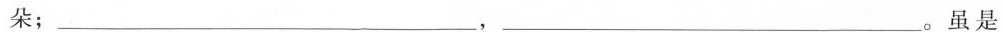
朵；_______，_______。虽是